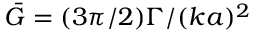
{ \cal \bar { G } } = ( 3 \pi / 2 ) \Gamma / ( k a ) ^ { 2 }